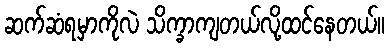
ဆက်ဆံရမှာကိုလဲ သိက္ခာကျတယ်လို့ထင်နေတယ်။